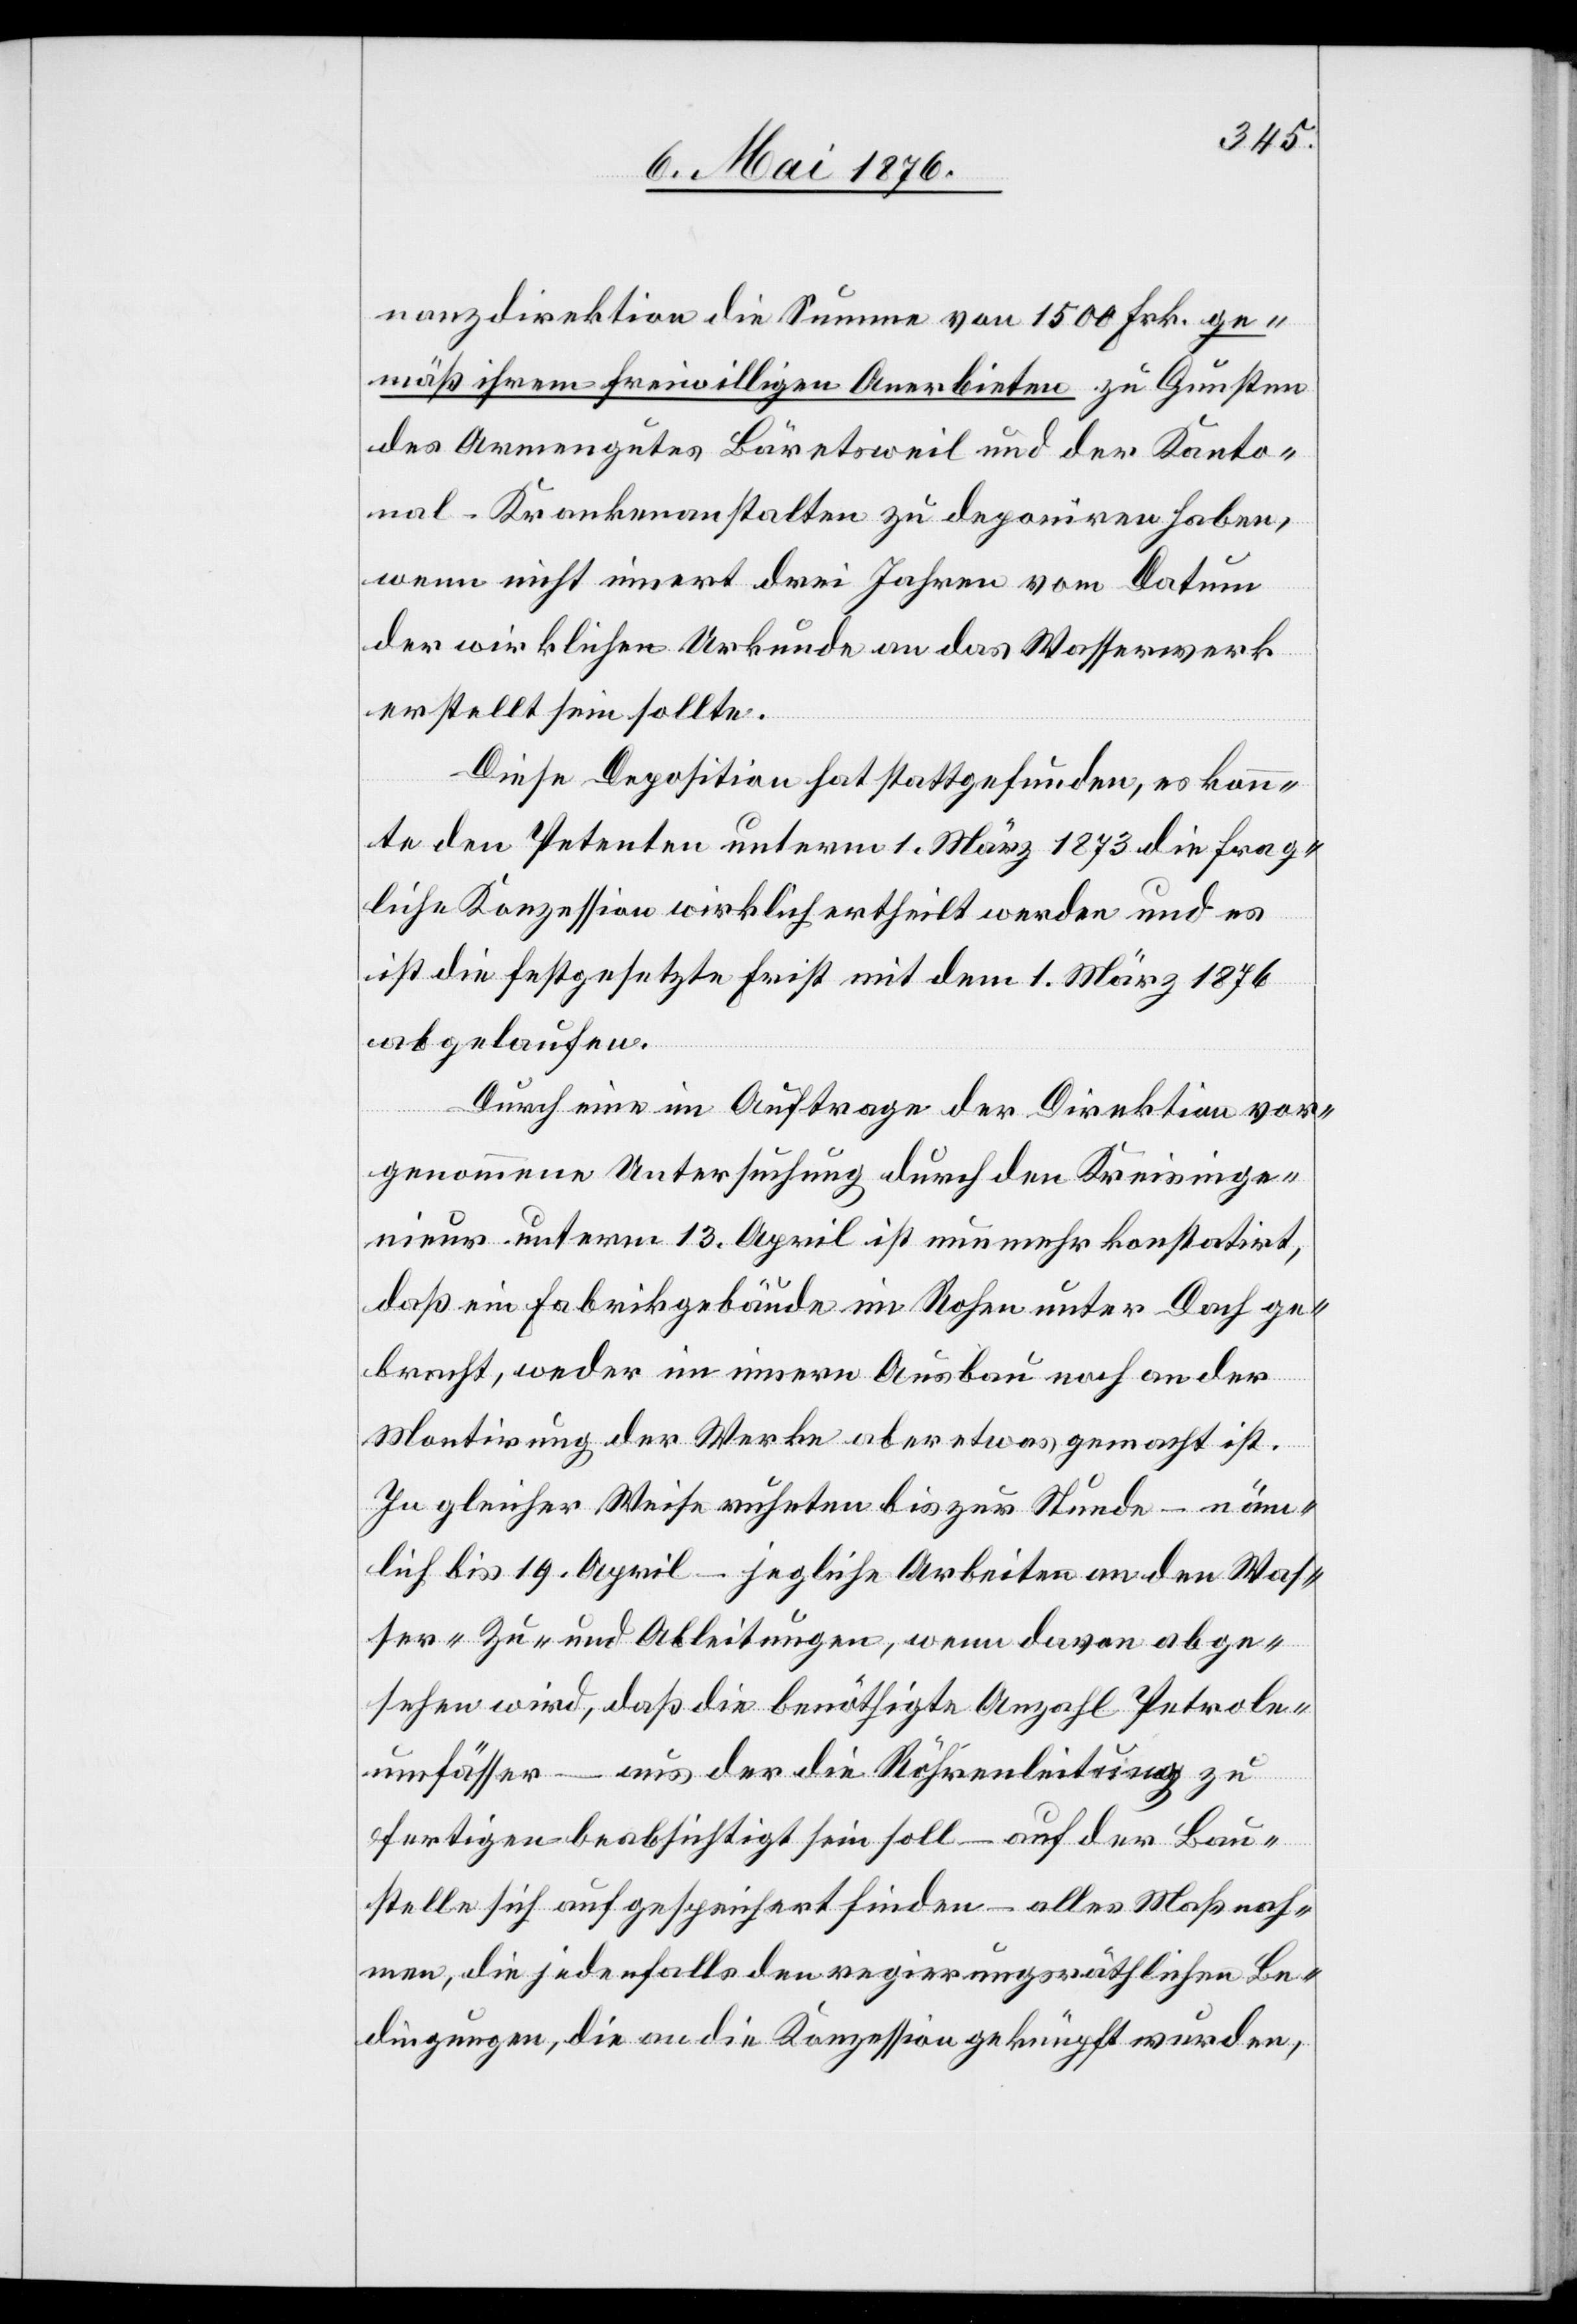
nanzdirektion die Summe von 1500 Frk. ge¬
mäß ihrem freiwilligen Anerbieten zu Gunsten
des Armengutes Bäretsweil und der Kanto¬
nal-Krankenanstalten zu deponiren haben,
wenn nicht innert drei Jahren vom Datum
der wirklichen Urkunde an das Wasserwerk
erstellt sein sollte.
Diese Deposition hat stattgefunden, es konn¬
te den Petenten unterm 1. März 1873 die frag¬
liche Konzession wirklich ertheilt werden und es
ist die festgesetzte Frist mit dem 1. März 1876
abgelaufen.
Durch eine im Auftrage der Direktion vor¬
genommene Untersuchung durch den Kreisinge¬
nieur unterm 13. April ist nunmehr konstatirt,
daß ein Fabrikgebäude im Rohen unter Dach ge¬
bracht, weder im innern Ausbau noch an der
Montirung der Werke aber etwas gemacht ist.
In gleicher Weise ruhten bis zur Stunde – näm¬
lich bis 19. April – jegliche Arbeiten an den Was¬
ser-Zu- und Ableitungen, wenn davon abge¬
sehen wird, das die benöthigte Anzahl Petrole¬
umfässer – aus der die Röhrenleitung zu
fertigen beabsichtigt sein soll – auf der Bau¬
stelle sich aufgespeichert finden – alles Maßnah¬
men, die jedenfalls den regierungsräthlichen Be¬
dingungen, die an die Konzession geknüpft wurden,